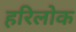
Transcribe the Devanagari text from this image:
हरिलोक